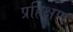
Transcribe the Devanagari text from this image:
प्रहिक्षण